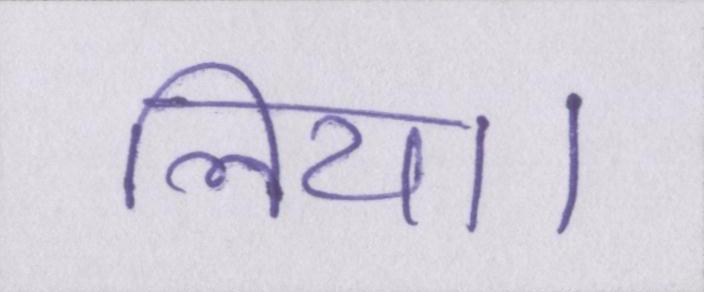
लिया।